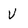
Character: V